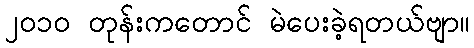
၂၀၁၀ တုန်းကတောင် မဲပေးခဲ့ရတယ်ဗျာ။